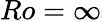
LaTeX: Ro=\infty